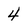
Character: 4